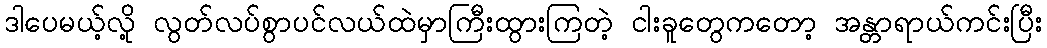
ဒါပေမယ့်လို့ လွတ်လပ်စွာပင်လယ်ထဲမှာကြီးထွားကြတဲ့ ငါးခူတွေကတော့ အန္တာရာယ်ကင်းပြီး